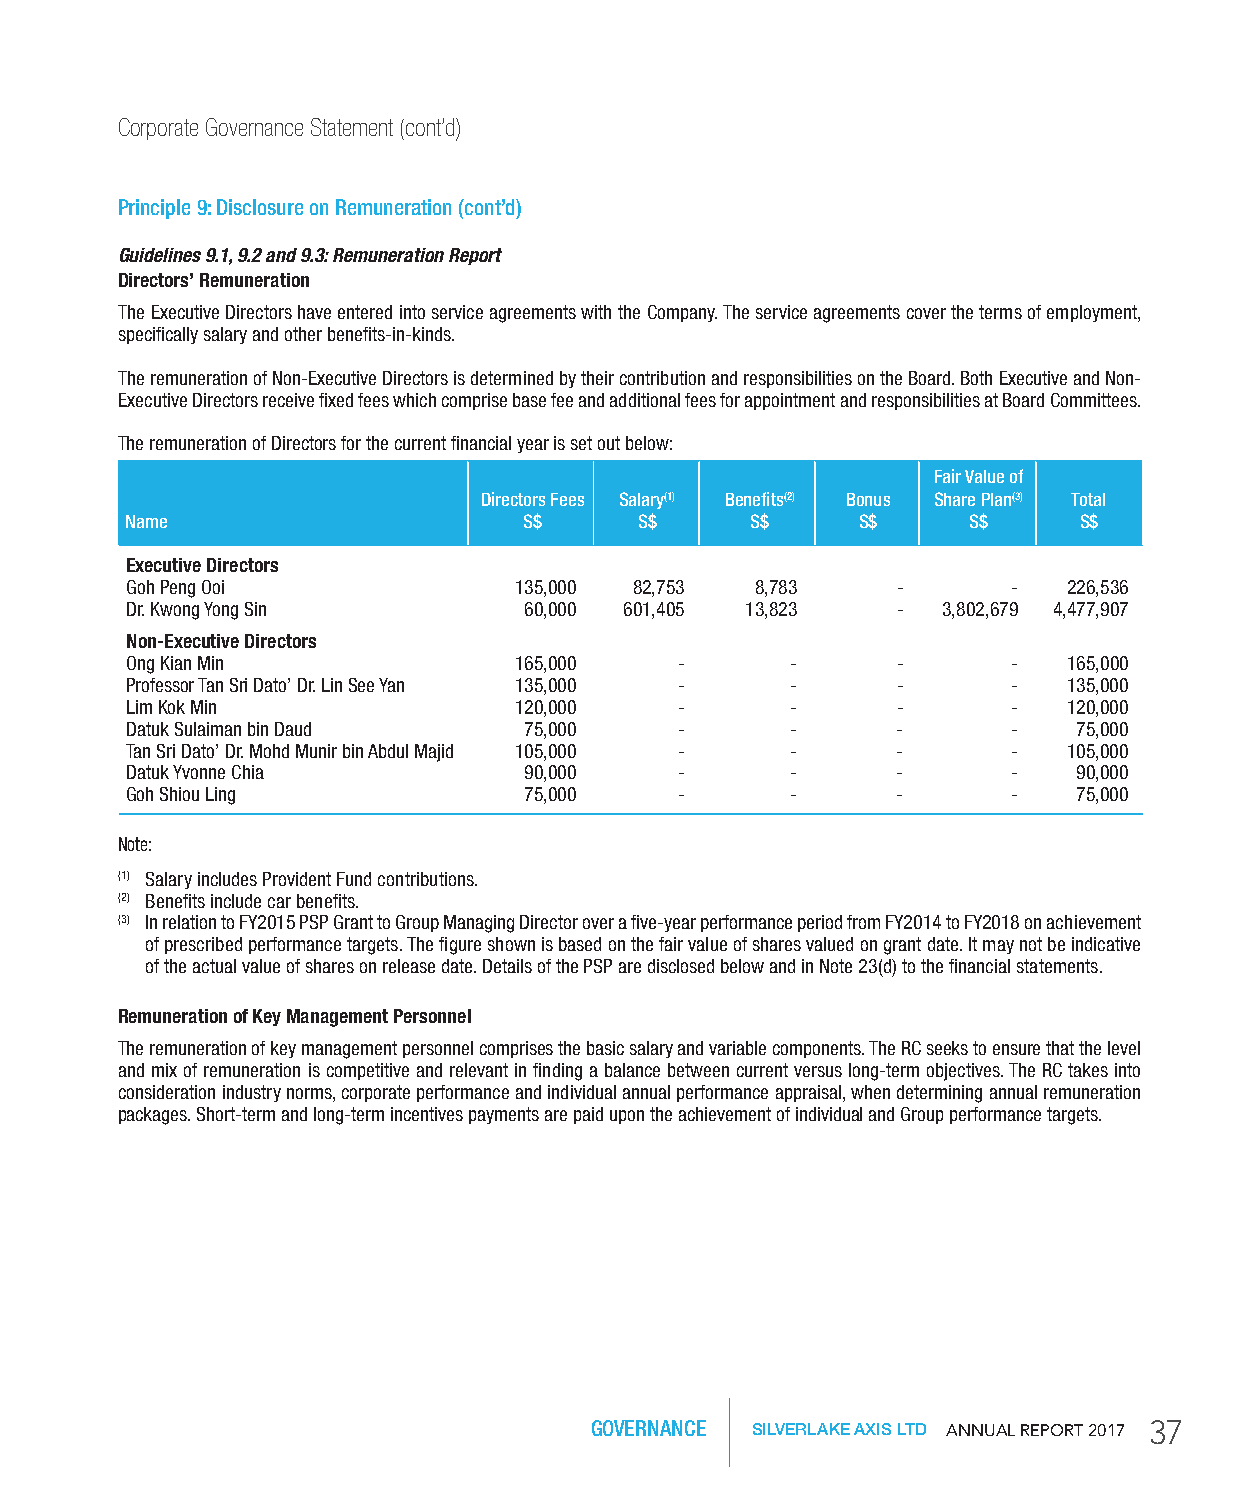
Corporate Governance Statement (cont’d)
 Principle 9: Disclosure on Remuneration (cont’d)
 Guidelines 9.1, 9.2 and 9.3: Remuneration Report
 Directors’ Remuneration
 The Executive Directors have entered into service agreements with the Company. The service agreements cover the terms of employment,
 specifically salary and other benefits-in-kinds.
 The remuneration of Non-Executive Directors is determined by their contribution and responsibilities on the Board. Both Executive and Non-
 Executive Directors receive fixed fees which comprise base fee and additional fees for appointment and responsibilities at Board Committees.
 The remuneration of Directors for the current financial year is set out below:
 Fair Value of
 Directors Fees Salary(1) benefits(2) bonus Share Plan(3) Total
 Name                       S$     S$      S$     S$     S$     S$
 Executive Directors
 Goh Peng Ooi              135,000 82,753  8,783    -       -   226,536
 Dr. Kwong Yong Sin         60,000 601,405 13,823   -  3,802,679 4,477,907
 Non-Executive Directors
 Ong Kian Min              165,000    -      -      -       -   165,000
 Professor Tan Sri Dato’ Dr. Lin See Yan 135,000 - - -      -   135,000
 Lim Kok Min               120,000    -      -      -       -   120,000
 Datuk Sulaiman bin Daud    75,000    -      -      -       -   75,000
 Tan Sri Dato’ Dr. Mohd Munir bin Abdul Majid 105,000 - - - -   105,000
 Datuk Yvonne Chia          90,000    -      -      -       -   90,000
 Goh Shiou Ling             75,000    -      -      -       -   75,000
 Note:
 (1) Salary includes Provident Fund contributions.
 (2) Benefits include car benefits.
 (3) In relation to FY2015 PSP Grant to Group Managing Director over a five-year performance period from FY2014 to FY2018 on achievement
 of prescribed performance targets. The figure shown is based on the fair value of shares valued on grant date. It may not be indicative
 of the actual value of shares on release date. Details of the PSP are disclosed below and in Note 23(d) to the financial statements.
 Remuneration of Key Management Personnel
 The remuneration of key management personnel comprises the basic salary and variable components. The RC seeks to ensure that the level
 and mix of remuneration is competitive and relevant in finding a balance between current versus long-term objectives. The RC takes into
 consideration industry norms, corporate performance and individual annual performance appraisal, when determining annual remuneration
 packages. Short-term and long-term incentives payments are paid upon the achievement of individual and Group performance targets.
 GOVERNANCE SILVERLAKE AXIS LTD AnnuAl RepoRt 2017 37